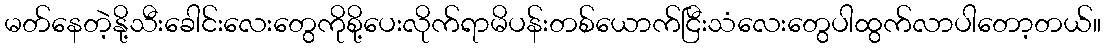
မတ်နေတဲ့နို့သီးခေါင်းလေးတွေကိုစို့ပေးလိုက်ရာမိပန်းတစ်ယောက်ငြီးသံလေးတွေပါထွက်လာပါတော့တယ်။